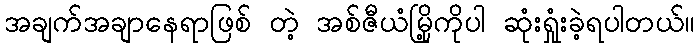
အချက်အချာနေရာဖြစ် တဲ့ အစ်ဇီယံမြို့ကိုပါ ဆုံးရှုံးခဲ့ရပါတယ်။